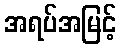
အရပ်အမြင့်